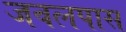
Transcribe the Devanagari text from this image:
जवलपास